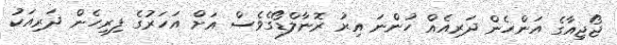
ޖޯޖިއާގެ އަންހެން ދަރިއެއް ހުންނަ އިރު ރޮނާލްޑޯގެވެސް އަށް އަހަރުގެ ފިރިހެން ދަރިއަކު